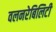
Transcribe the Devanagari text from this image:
वलनरेबिलिटी